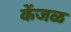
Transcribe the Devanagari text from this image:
केंजळ